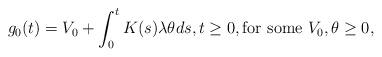
LaTeX: \begin{align*} g_0(t) = V_0 + \int_0^{t} K(s) \lambda \theta ds, t\geq 0, \mbox{for some }V_0, \theta \geq 0, \end{align*}